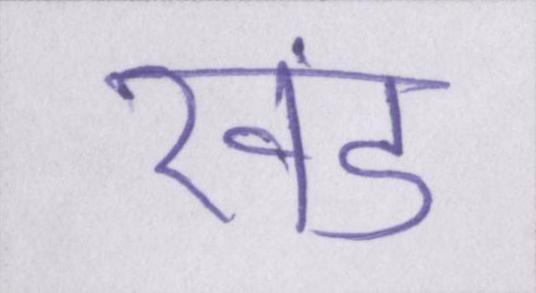
खंड